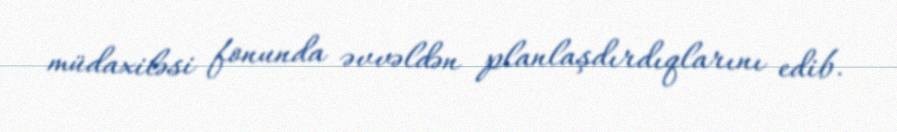
müdaxiləsi fonunda əvvəldən planlaşdırdıqlarını edib.